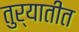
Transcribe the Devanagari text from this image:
तुर्यातीत